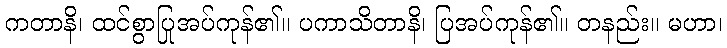
ကတာနိ၊ ထင်စွာပြုအပ်ကုန်၏။ ပကာသိတာနိ၊ ပြအပ်ကုန်၏။ တနည်း။ မဟာ၊